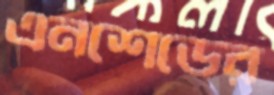
এনশেডের